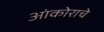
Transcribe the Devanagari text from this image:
आंकोराचे